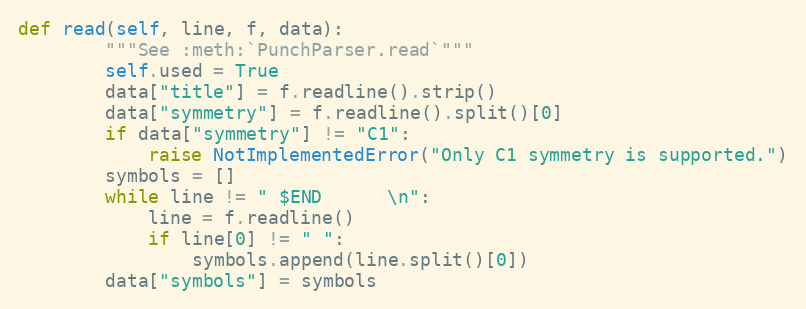
Language: Python
def read(self, line, f, data):
        """See :meth:`PunchParser.read`"""
        self.used = True
        data["title"] = f.readline().strip()
        data["symmetry"] = f.readline().split()[0]
        if data["symmetry"] != "C1":
            raise NotImplementedError("Only C1 symmetry is supported.")
        symbols = []
        while line != " $END      \n":
            line = f.readline()
            if line[0] != " ":
                symbols.append(line.split()[0])
        data["symbols"] = symbols